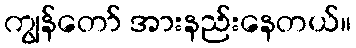
ကျွန်တော် အားနည်းနေတယ်။